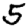
Digit: 5